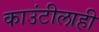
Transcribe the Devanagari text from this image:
काउंटीलाही